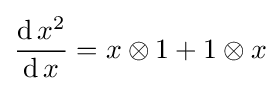
{\frac {\operatorname {d} x^{2}}{\operatorname {d} x}}=x\otimes 1+1\otimes x